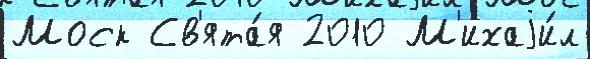
Моск Св'ята́я 2010 М'ихаjи́л